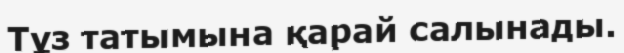
Тұз татымына қарай салынады.